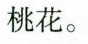
桃花